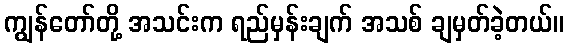
ကျွန်တော်တို့ အသင်းက ရည်မှန်းချက် အသစ် ချမှတ်ခဲ့တယ်။